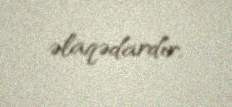
əlaqədardır.